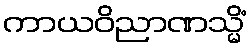
ကာယဝိညာဏသ္မိံ